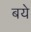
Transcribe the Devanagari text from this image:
बये